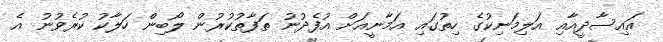
އައިސާދީއާއި އަލިމަނިކުގެ ހިތުގައި އަމާނީއަށް އުފެދުނު ތަފާތުކުރުން ލޯބިން ހަލާކު ކުރެވުނު އެ